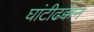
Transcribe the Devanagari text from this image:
घांटीढक्कन